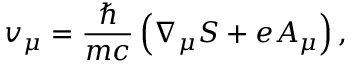
v _ { \mu } = \frac { \hbar } { m c } \left( \nabla _ { \mu } S + e A _ { \mu } \right) ,